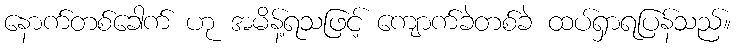
နောက်တစ်ခေါက် ဟု အမိန့်ရသဖြင့် ကျောက်ခဲတစ်ခဲ ထပ်ရှာရပြန်သည်။